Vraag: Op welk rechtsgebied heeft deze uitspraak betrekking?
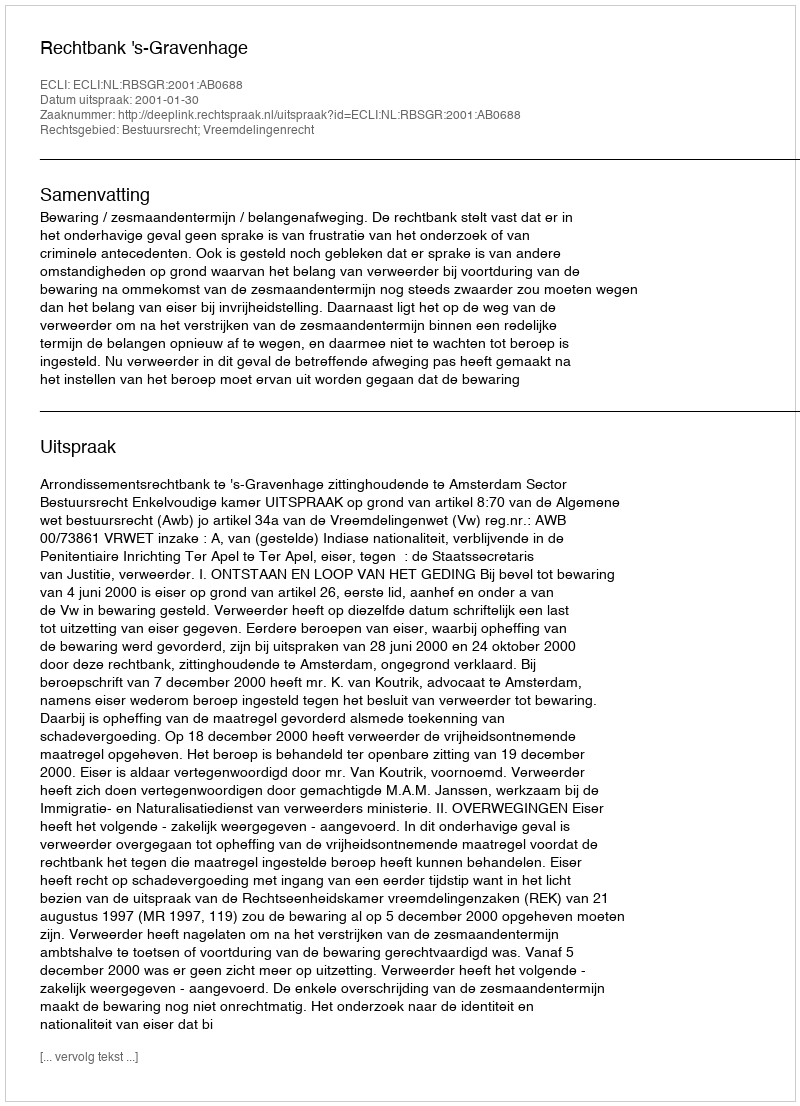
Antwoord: Bestuursrecht; Vreemdelingenrecht